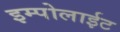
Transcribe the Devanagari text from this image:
इम्पोलाईट